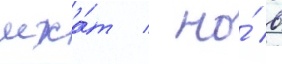
мха́т / но́ в